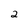
Character: 2